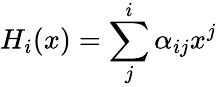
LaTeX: H_{i}(x)=\sum_{j}^{i}\alpha_{ij}x^{j}